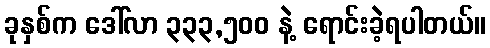
ခုနှစ်က ဒေါ်လာ ၃၃၃,၅၀၀ နဲ့ ရောင်းခဲ့ရပါတယ်။